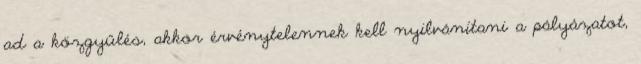
ad a közgyűlés, akkor érvénytelennek kell nyilvánítani a pályázatot,